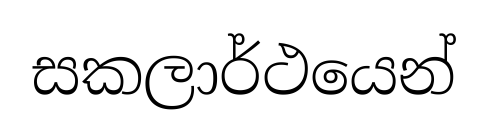
සකලාර්ථයෙන්